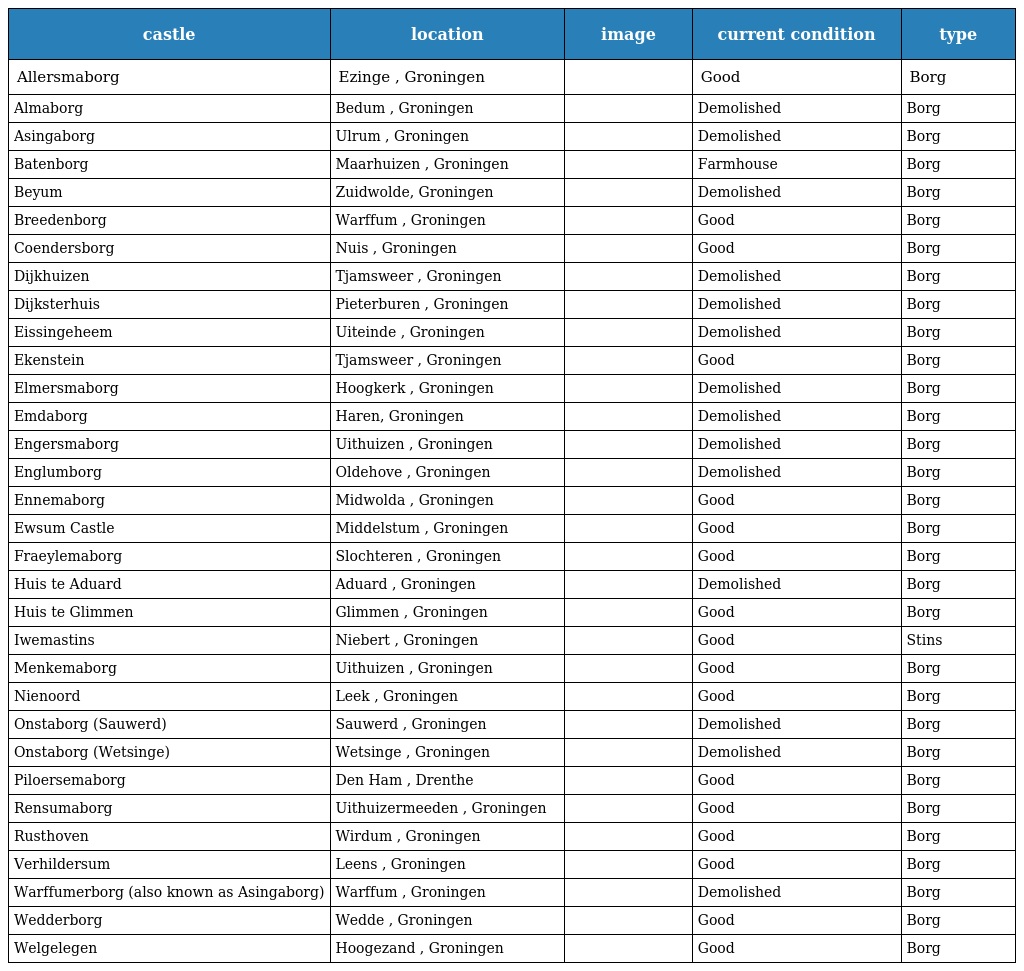
| castle | location | image | current condition | type |
 | --- | --- | --- | --- | --- |
 | Allersmaborg | Ezinge , Groningen |  | Good | Borg |
 | Almaborg | Bedum , Groningen |  | Demolished | Borg |
 | Asingaborg | Ulrum , Groningen |  | Demolished | Borg |
 | Batenborg | Maarhuizen , Groningen |  | Farmhouse | Borg |
 | Beyum | Zuidwolde, Groningen |  | Demolished | Borg |
 | Breedenborg | Warffum , Groningen |  | Good | Borg |
 | Coendersborg | Nuis , Groningen |  | Good | Borg |
 | Dijkhuizen | Tjamsweer , Groningen |  | Demolished | Borg |
 | Dijksterhuis | Pieterburen , Groningen |  | Demolished | Borg |
 | Eissingeheem | Uiteinde , Groningen |  | Demolished | Borg |
 | Ekenstein | Tjamsweer , Groningen |  | Good | Borg |
 | Elmersmaborg | Hoogkerk , Groningen |  | Demolished | Borg |
 | Emdaborg | Haren, Groningen |  | Demolished | Borg |
 | Engersmaborg | Uithuizen , Groningen |  | Demolished | Borg |
 | Englumborg | Oldehove , Groningen |  | Demolished | Borg |
 | Ennemaborg | Midwolda , Groningen |  | Good | Borg |
 | Ewsum Castle | Middelstum , Groningen |  | Good | Borg |
 | Fraeylemaborg | Slochteren , Groningen |  | Good | Borg |
 | Huis te Aduard | Aduard , Groningen |  | Demolished | Borg |
 | Huis te Glimmen | Glimmen , Groningen |  | Good | Borg |
 | Iwemastins | Niebert , Groningen |  | Good | Stins |
 | Menkemaborg | Uithuizen , Groningen |  | Good | Borg |
 | Nienoord | Leek , Groningen |  | Good | Borg |
 | Onstaborg (Sauwerd) | Sauwerd , Groningen |  | Demolished | Borg |
 | Onstaborg (Wetsinge) | Wetsinge , Groningen |  | Demolished | Borg |
 | Piloersemaborg | Den Ham , Drenthe |  | Good | Borg |
 | Rensumaborg | Uithuizermeeden , Groningen |  | Good | Borg |
 | Rusthoven | Wirdum , Groningen |  | Good | Borg |
 | Verhildersum | Leens , Groningen |  | Good | Borg |
 | Warffumerborg (also known as Asingaborg) | Warffum , Groningen |  | Demolished | Borg |
 | Wedderborg | Wedde , Groningen |  | Good | Borg |
 | Welgelegen | Hoogezand , Groningen |  | Good | Borg |